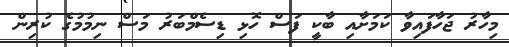
މިހާރު ޖަހާފައިވާ ކަމަށާއި ބާކީ ފަސް ހޮޅި ޑިސެމްބަރު މަސް ނިމުމުގެ ކުރިން